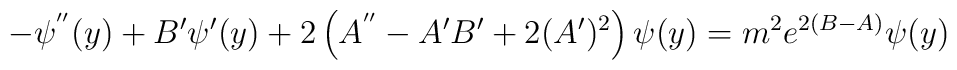
-\psi^{''}(y)+B'\psi'(y)+2\left(A^{''}-A'B'+2(A')^2\right)\psi(y)=m^2e^{2(B-A)}\psi(y)